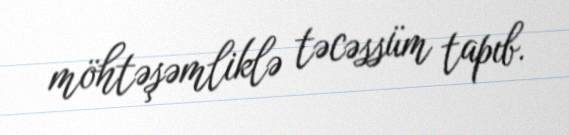
möhtəşəmliklə təcəssüm tapıb.